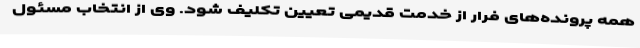
همه پرونده‌های فرار از خدمت قدیمی تعیین تکلیف شود. وی از انتخاب مسئول